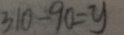
3 1 0 - 9 0 = y